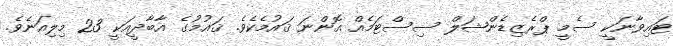
ޓައިވާނަކީ ސެމީ ޕްރެޒިޑެންޝަލް ސިސްޓަމެއް އޮންނަ ޤައުމެކެވެ. ޤައުމުގެ އާބާދީއަކީ 23 މިލިއަނެވެ.